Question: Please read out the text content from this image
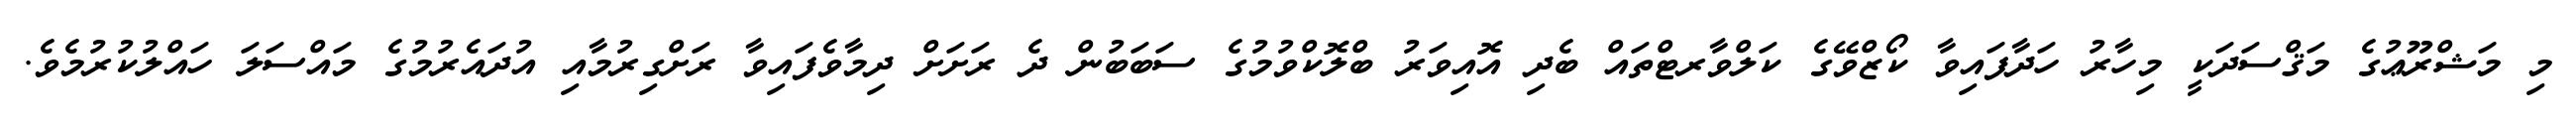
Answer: މި މަޝްރޫޢުގެ މަޤްސަދަކީ މިހާރު ހަދާފައިވާ ކޯޒްވޭގެ ކަލްވާރޓްތައް ބެދި އޮއިވަރު ބްލޮކްވުމުގެ ސަބަބުން ދެ ރަށަށް ދިމާވެފައިވާ ރަށްގިރުމާއި އުދައެރުމުގެ މައްސަލަ ހައްލުކުރުމެވެ.